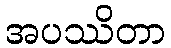
အပဿိတာ